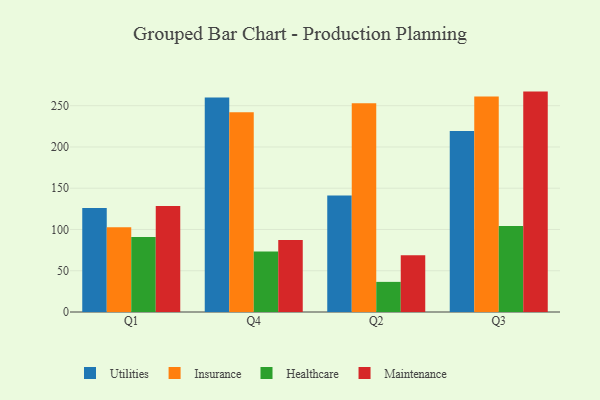
{"axis": {"x": "Quarter", "y": "Tickets Resolved"}, "legend": ["Healthcare", "Insurance", "Maintenance", "Utilities"], "data": [{"x": "Q1", "y": 126.1, "type": "Utilities"}, {"x": "Q1", "y": 102.7, "type": "Insurance"}, {"x": "Q1", "y": 90.8, "type": "Healthcare"}, {"x": "Q1", "y": 128.4, "type": "Maintenance"}, {"x": "Q4", "y": 260.0, "type": "Utilities"}, {"x": "Q4", "y": 242.1, "type": "Insurance"}, {"x": "Q4", "y": 73.3, "type": "Healthcare"}, {"x": "Q4", "y": 87.2, "type": "Maintenance"}, {"x": "Q2", "y": 141.1, "type": "Utilities"}, {"x": "Q2", "y": 253.1, "type": "Insurance"}, {"x": "Q2", "y": 36.5, "type": "Healthcare"}, {"x": "Q2", "y": 68.8, "type": "Maintenance"}, {"x": "Q3", "y": 219.5, "type": "Utilities"}, {"x": "Q3", "y": 261.3, "type": "Insurance"}, {"x": "Q3", "y": 104.3, "type": "Healthcare"}, {"x": "Q3", "y": 267.1, "type": "Maintenance"}]}